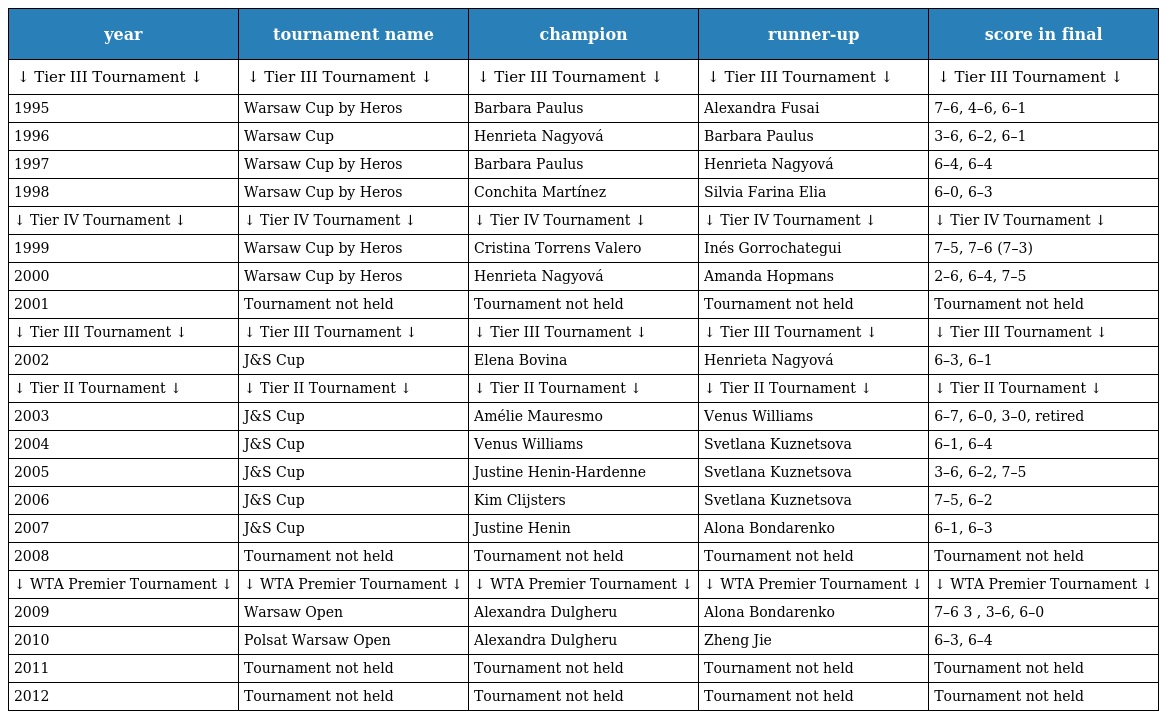
| year | tournament name | champion | runner-up | score in final |
 | --- | --- | --- | --- | --- |
 | ↓ Tier III Tournament ↓ | ↓ Tier III Tournament ↓ | ↓ Tier III Tournament ↓ | ↓ Tier III Tournament ↓ | ↓ Tier III Tournament ↓ |
 | 1995 | Warsaw Cup by Heros | Barbara Paulus | Alexandra Fusai | 7–6, 4–6, 6–1 |
 | 1996 | Warsaw Cup | Henrieta Nagyová | Barbara Paulus | 3–6, 6–2, 6–1 |
 | 1997 | Warsaw Cup by Heros | Barbara Paulus | Henrieta Nagyová | 6–4, 6–4 |
 | 1998 | Warsaw Cup by Heros | Conchita Martínez | Silvia Farina Elia | 6–0, 6–3 |
 | ↓ Tier IV Tournament ↓ | ↓ Tier IV Tournament ↓ | ↓ Tier IV Tournament ↓ | ↓ Tier IV Tournament ↓ | ↓ Tier IV Tournament ↓ |
 | 1999 | Warsaw Cup by Heros | Cristina Torrens Valero | Inés Gorrochategui | 7–5, 7–6 (7–3) |
 | 2000 | Warsaw Cup by Heros | Henrieta Nagyová | Amanda Hopmans | 2–6, 6–4, 7–5 |
 | 2001 | Tournament not held | Tournament not held | Tournament not held | Tournament not held |
 | ↓ Tier III Tournament ↓ | ↓ Tier III Tournament ↓ | ↓ Tier III Tournament ↓ | ↓ Tier III Tournament ↓ | ↓ Tier III Tournament ↓ |
 | 2002 | J&S Cup | Elena Bovina | Henrieta Nagyová | 6–3, 6–1 |
 | ↓ Tier II Tournament ↓ | ↓ Tier II Tournament ↓ | ↓ Tier II Tournament ↓ | ↓ Tier II Tournament ↓ | ↓ Tier II Tournament ↓ |
 | 2003 | J&S Cup | Amélie Mauresmo | Venus Williams | 6–7, 6–0, 3–0, retired |
 | 2004 | J&S Cup | Venus Williams | Svetlana Kuznetsova | 6–1, 6–4 |
 | 2005 | J&S Cup | Justine Henin-Hardenne | Svetlana Kuznetsova | 3–6, 6–2, 7–5 |
 | 2006 | J&S Cup | Kim Clijsters | Svetlana Kuznetsova | 7–5, 6–2 |
 | 2007 | J&S Cup | Justine Henin | Alona Bondarenko | 6–1, 6–3 |
 | 2008 | Tournament not held | Tournament not held | Tournament not held | Tournament not held |
 | ↓ WTA Premier Tournament ↓ | ↓ WTA Premier Tournament ↓ | ↓ WTA Premier Tournament ↓ | ↓ WTA Premier Tournament ↓ | ↓ WTA Premier Tournament ↓ |
 | 2009 | Warsaw Open | Alexandra Dulgheru | Alona Bondarenko | 7–6 3 , 3–6, 6–0 |
 | 2010 | Polsat Warsaw Open | Alexandra Dulgheru | Zheng Jie | 6–3, 6–4 |
 | 2011 | Tournament not held | Tournament not held | Tournament not held | Tournament not held |
 | 2012 | Tournament not held | Tournament not held | Tournament not held | Tournament not held |